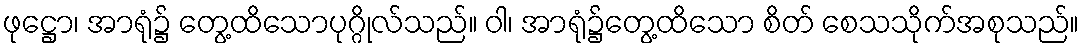
ဖုဋ္ဌော၊ အာရုံ၌ တွေ့ထိသောပုဂ္ဂိုလ်သည်။ ဝါ၊ အာရုံ၌တွေ့ထိသော စိတ် စေသသိုက်အစုသည်။